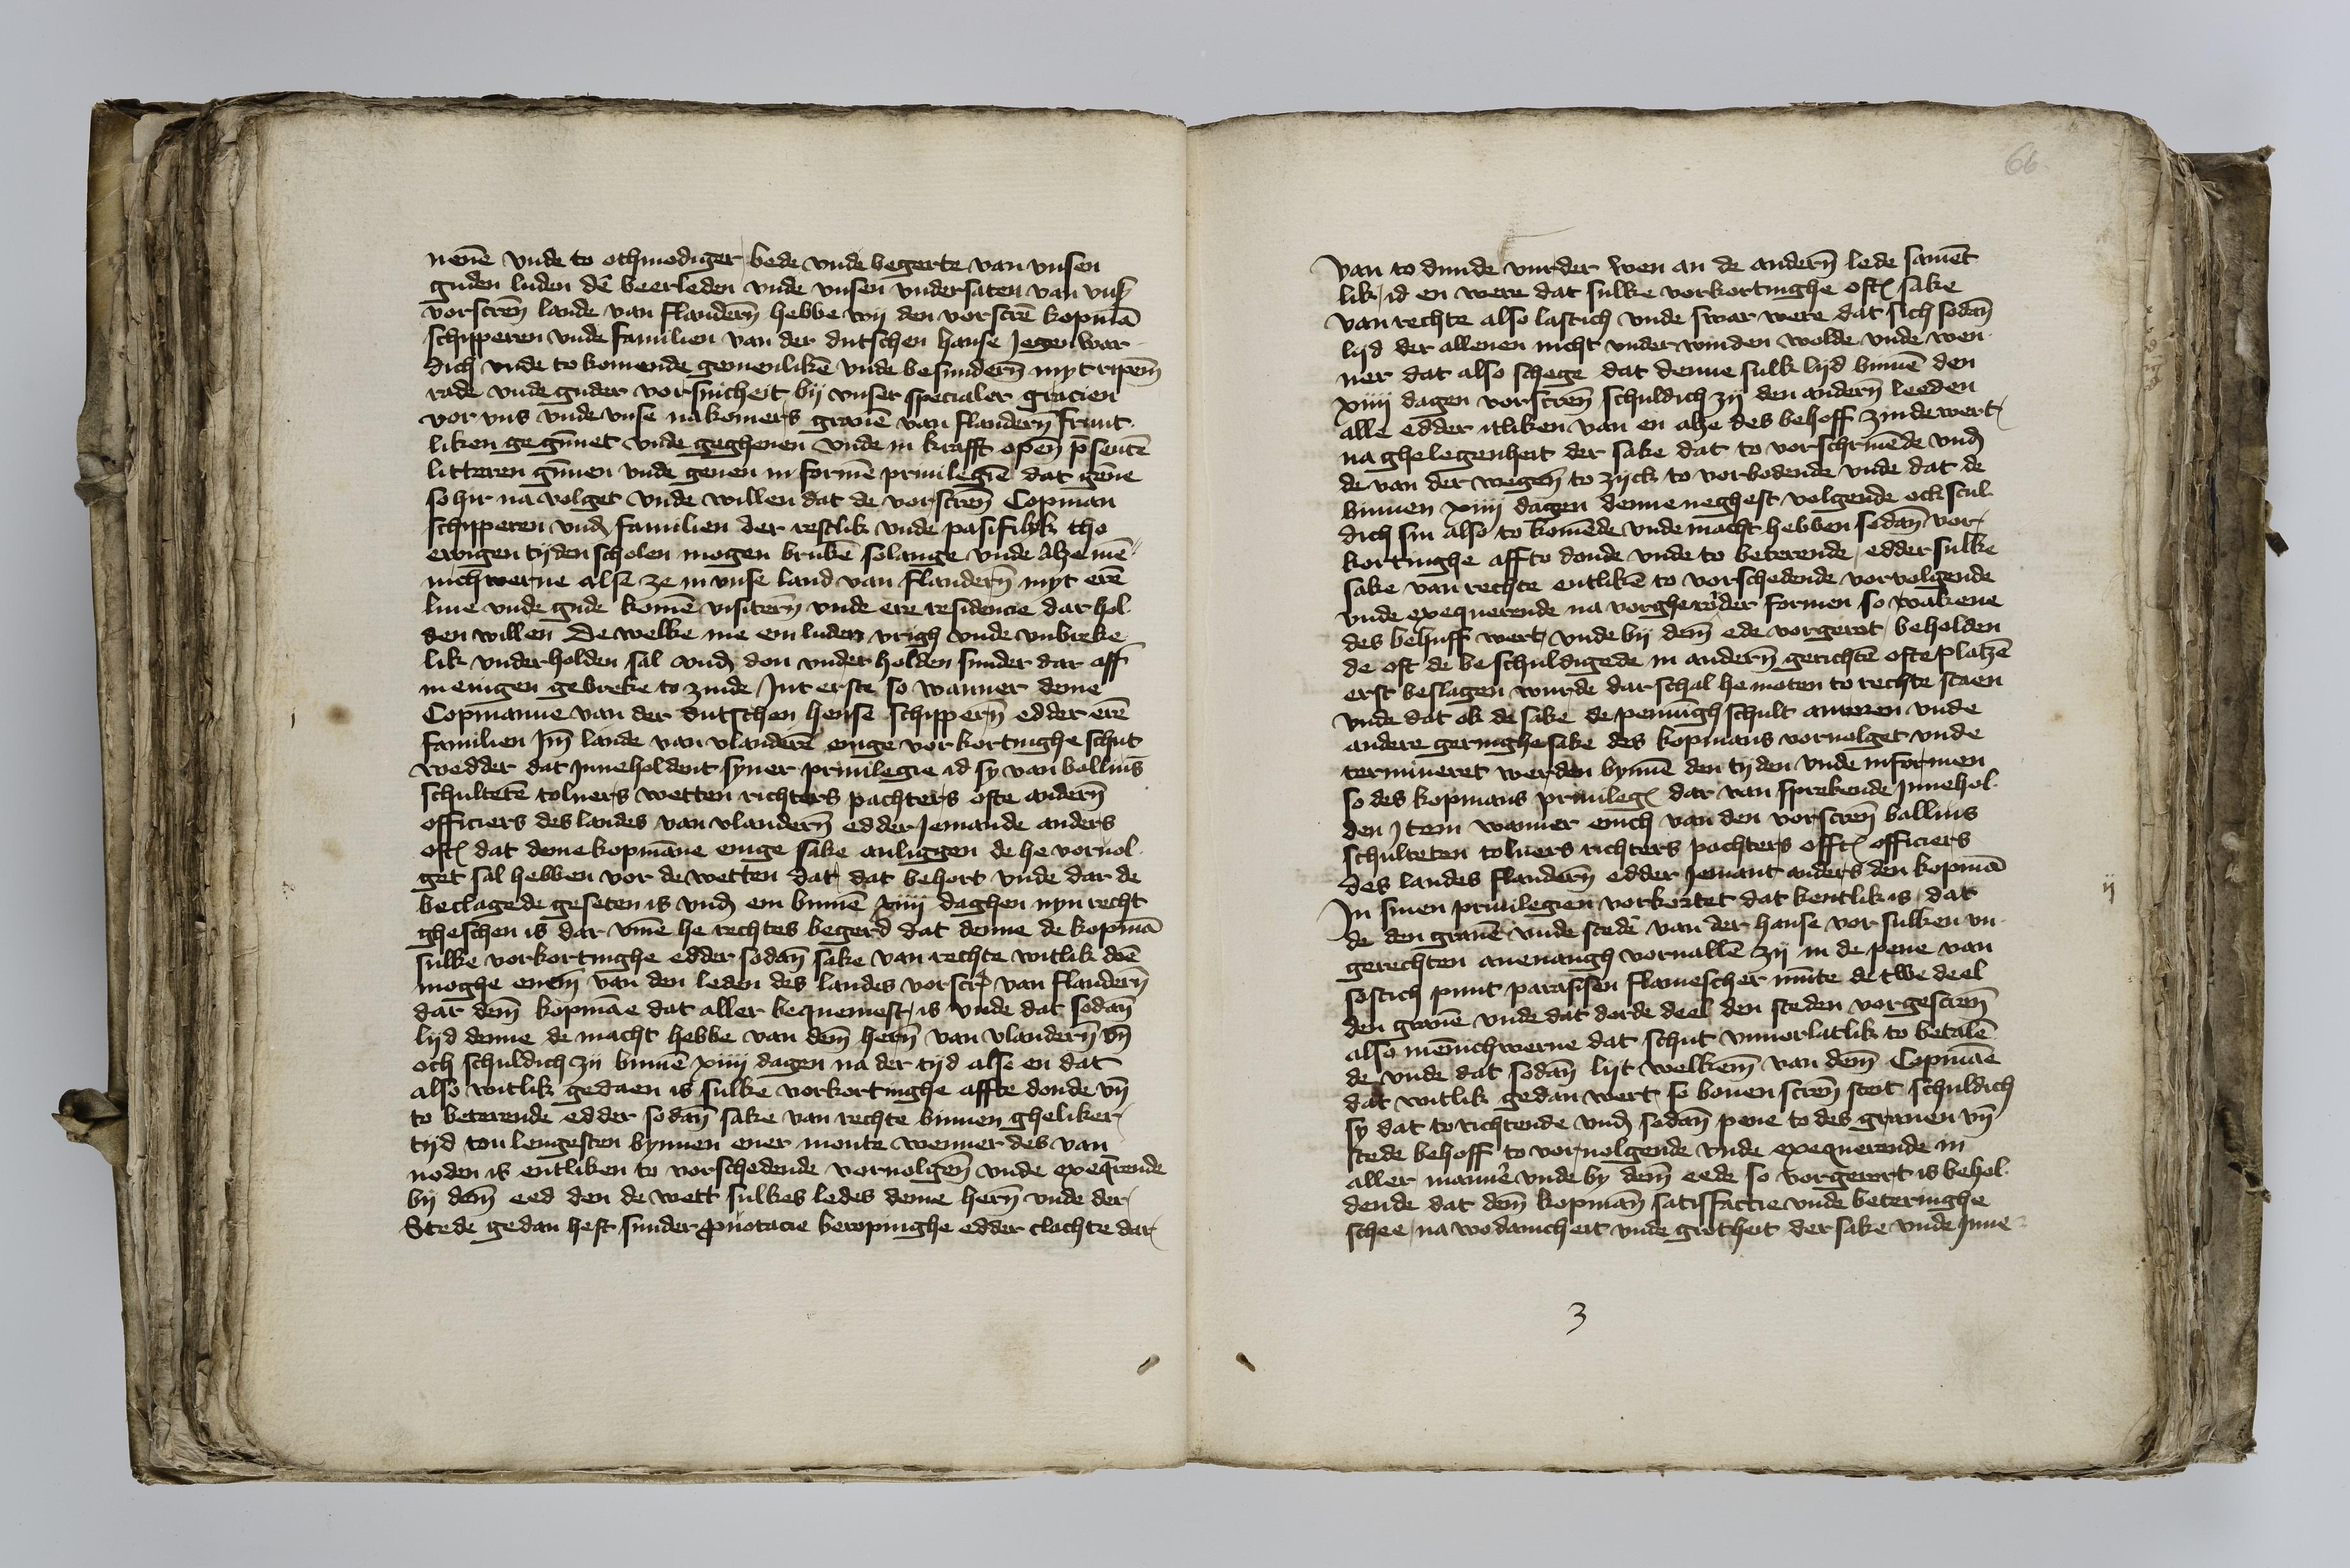
neuen vnde to othmodiger bede vnde begerte van vnsen
guden luden den veerleden vnde vnsen vndersaten van vns
vorscreuen lande van Flanderen hebbe wy den vorscreuen kopman
schipperen vnde familien van der dutschen hanse Jegenwar¬
dich vnde to komende gemenliken vnde besunderen myt ripeme
rade vnde guder vorsuicheit by vnser specialer gracien
vor vns vnde vnse nakomers grauen van Flanderen frunt¬
liken gegunnet vnde gegheuen vnde in krafft openen presenten
litteren gunnen vnde geuen in formen priuilegien dat genne
so hir na volget vnde willen dat de vorscreuen Copman
schipperen vnd familien der restlik vnde pasifilyk tho
ewigen tyden scholen mogen bruken solange vnde Alze men¬
nich werue alse ze in vnse land van Flanderen myt eren
liue vnde gude komen visiteren vnde ere residencie dar hol¬
den willen De welke me em luden vrigh vnde vnbreke¬
lik vnderholden sal vnd don vnder holden sunder dar aff
menigen gebreke to zinde Jnt erste so wanner deme
Copmannne van der dutschen hense schipperen edder eren
familien Jmme lande van Vlanderen enige vorkortinghe schut
wedder dat Jnneholdent syner priuilegie id sy van ballius
schulteten tolners wetten richters pachters ofte anderen
officiers des landes van Vlanderen edder Jemande anders
oftes dat deme kopmanne enige sake anliggen de he vorvol¬
get sal hebben vor de wetten dar dat behort vnde dar de
beclagede geseten is vnd em binnen xiij daghen nyn recht
gheschen is dar vmme he rechtes begerd dat denne de kopman
sulke vorkortinghe edder sodane sake van rechte witlik doen
moge eneme van den leden des landes vorscreuen van Flanderen
dar deme kopmanne dat aller bequemest, is vnde dat sodane
lyd denne de macht hebbe van deme heren van Vlanderen vnd
och schuldich zy binnen xiiij dagen na der tyd alse en dat
also witlik gedaen is sulke vorkortinghe affte donde vnd
to beterende edder sodane sake van rechte binnen gheliker
tyd ton lengesten bynnen ener monte wenner des van
noden is entliken to vorschedende voruolgene vnde exequerende
by deme eed den de wett sulkes ledes deme heren vnde der
Stede gedan heft sunder pronotacie beropinghe edder clachte dar

66

van to dunde vurder wen an de anderen lede sament¬
lik, id en were dat sulke vorkortinghe oftes sake
van rechte also lastich vnde swar were dat sich sodane
lyd det allenen nicht vnder winden wolde vnde wen¬
ner dat also schege dat denne sulk lyd binnen den
xiiij dagen vorscreuen schuldich zy den anderen leeden
alle edder itliken van en alze des behoff zinde wert,
na ghelegenheit der sake dat to vorschriuende vnd
de van der wegene to zyck to vorbodende vnde dat de
binnen xiiij dagen denne neghest volgende ock scul¬
dich sin also to komende vnde macht hebben sodane vor¬
kortinghe affto donde vnde to beterende, edder sulke
sake van rechte entliken to vorschedende vorvolgende
vnde exequerende na vorgherorder formen so wakene
des behuff wart, vnde by deme ede vorgerot, beholden
de oft de beschuldigede in anderen gerichten ofte platzen
erst beslagen wurde dar schal he moten to rechte staen
vnde dat ok de sake de penninghschult anroren vnde
andere gernighe sake des kopmans voruolget vnde
termineret werden bynnen den tyden vnde informen
so des kopmans priuilegie dar van sprekende Jnnehol¬
den Jtem wanner enich van den vorscreuen ballius
schulteten tolners richters pachters offtes officiers
des landes Flanderen edder Jemant anders den kopman
Jn sinen priuilegien vorkortet dat kentlik is dat
de den grauen vnde steden van der hanse vor sulken vn¬
gerechten aneuangh voruallen zy in de pene van
sostich punt parasisen flamescher munte de twe deel
den grauen vnde dat dorde deel den steden vorgescreuen
also mennichwerue dat schut vnuorlatlik to betalen
de vnde dat sodane lyt welkeme van deme Copmanne
dat witlik gedan wert se bouen screuen steit schuldich
sy dat to richtende vnd sodane pene to des grauen vnd
stede behoff to voruolgende vnde exequerende in
aller manner vnde by deme eede so vorgerort is behol¬
dende dat deme kopmann satisfactie vnde beteringhe
schee, na wodanicheit vnde grotheit der sake vnde Jnne¬